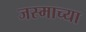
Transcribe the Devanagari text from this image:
जस्माच्या